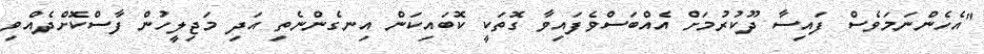
"އެހެންނަމަވެސް ފައިސާ ދޫކުރުމަށް އެއްބަސްވެފައިވާ ގޮތަކީ ކޮބައިކަން އިނގެންނެތި އަދި މަޖިލީހުން ފާސްކޮށްދެއްވި